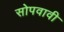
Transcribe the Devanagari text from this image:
सोपवावी